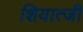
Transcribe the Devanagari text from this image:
शियात्जी